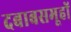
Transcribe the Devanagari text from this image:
दबाबसमूहों